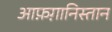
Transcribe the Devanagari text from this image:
आफ़ग़ानिस्तान